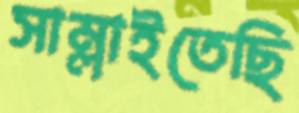
সাম্‌লাইতেছি